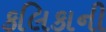
કલિકાની